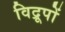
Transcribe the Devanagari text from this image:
विद्रूपों